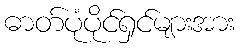
ဓာတ်ပုံပိုင်ရှင်များအား